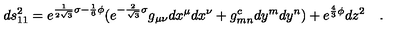
d s _ { 1 1 } ^ { 2 } = e ^ { \frac { 1 } { 2 \sqrt { 3 } } \sigma - \frac { 1 } { 6 } \phi } ( e ^ { - \frac { 2 } { \sqrt { 3 } } \sigma } g _ { \mu \nu } d x ^ { \mu } d x ^ { \nu } + g _ { m n } ^ { c } d y ^ { m } d y ^ { n } ) + e ^ { \frac { 4 } { 3 } \phi } d z ^ { 2 } \quad .